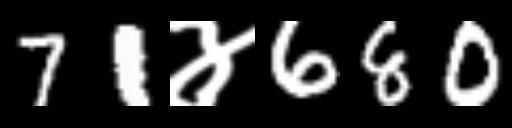
Text: 71४680